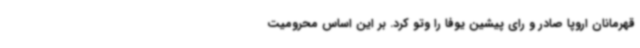
قهرمانان اروپا صادر و رای پیشین یوفا را وتو کرد. بر این اساس محرومیت